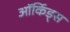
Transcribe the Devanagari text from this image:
ऑर्किड्‌स